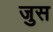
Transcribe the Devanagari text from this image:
जुस